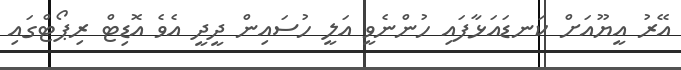
އޭރު އީޔޫއަށް ކަނޑައަޅާފައި ހުންނެވީ އަލީ ހުސައިން ދީދީ އެވެ އޮޑިޓް ރިޕޯޓްގައި